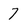
Character: 7